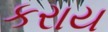
કરાય